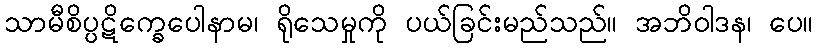
သာမီစိပ္ပဋိက္ခေပေါနာမ၊ ရိုသေမှုကို ပယ်ခြင်းမည်သည်။ အဘိဝါဒန၊ ပေ။